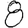
Digit: 8